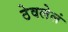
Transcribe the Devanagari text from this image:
ठेवलेलं